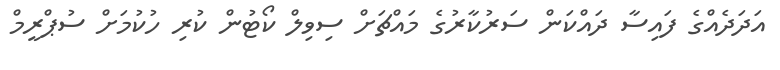
އަދަދެއްގެ ފައިސާ ދައްކަން ސަރުކާރުގެ މައްޗަށް ސިވިލް ކޯޓުން ކުރި ހުކުމަށް ސުޕްރީމް